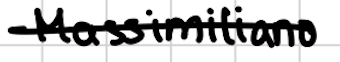
Text: Massimiliano
Cross-out: single-line
Writing tool: digital_black